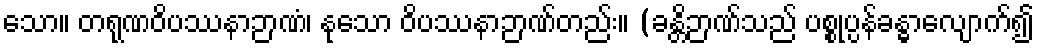
သော။ တရုဏဝိပဿနာဉာဏံ၊ နုသော ဝိပဿနာဉာဏ်တည်း။ (ခန္တိဉာဏ်သည် ပစ္စုပ္ပန်ခန္ဓာလျောက်၍